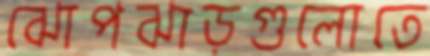
ঝোপঝাড়গুলোতে